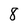
Character: 8